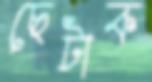
ছেটাক